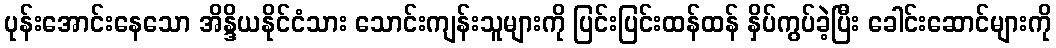
ပုန်းအောင်းနေသော အိန္ဒိယနိုင်ငံသား သောင်းကျန်းသူများကို ပြင်းပြင်းထန်ထန် နှိပ်ကွပ်ခဲ့ပြီး ခေါင်းဆောင်များကို